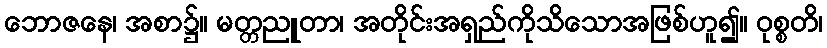
ဘောဇနေ၊ အစာ၌။ မတ္တညူတာ၊ အတိုင်းအရှည်ကိုသိသောအဖြစ်ဟူ၍။ ဝုစ္စတိ၊